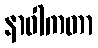
နာဝါကတာ